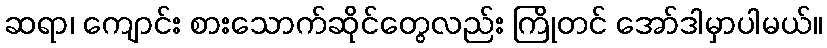
ဆရာ၊ ကျောင်း စားသောက်ဆိုင်တွေလည်း ကြိုတင် အော်ဒါမှာပါမယ်။